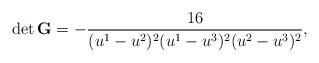
LaTeX: \begin{align*}\det \mathbf{G}=-\frac{16}{(u^{1}-u^{2})^{2}(u^{1}-u^{3})^{2}(u^{2}-u^{3})^{2}}, \end{align*}